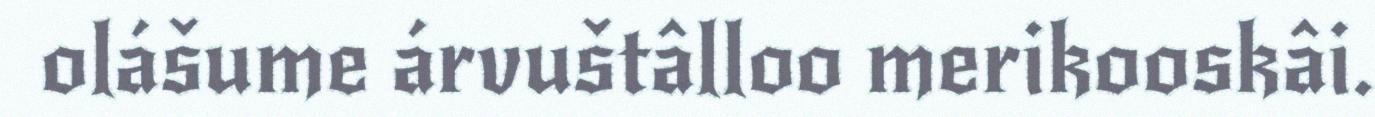
olášume árvuštâlloo merikooskâi.